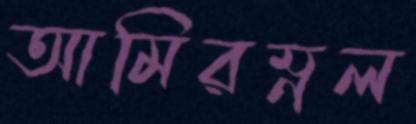
আমিরম্নল